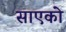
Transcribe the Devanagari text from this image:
साएको